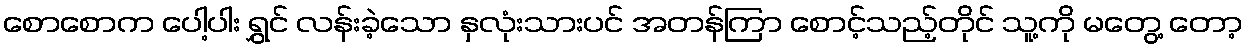
စောစောက ပေါ့ပါး ရွှင် လန်းခဲ့သော နှလုံးသားပင် အတန်ကြာ စောင့်သည့်တိုင် သူ့ကို မတွေ့ တော့